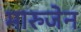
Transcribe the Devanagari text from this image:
मारुजेन